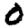
Digit: 0